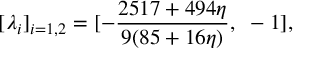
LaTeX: [ \lambda _ { i } ] _ { i = 1 , 2 } = [ - { \frac { 2 5 1 7 + 4 9 4 \eta } { 9 ( 8 5 + 1 6 \eta ) } } , ~ - 1 ] ,